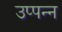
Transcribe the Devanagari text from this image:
उप्पन्न